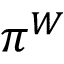
\pi ^ { W }